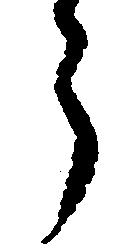
郎